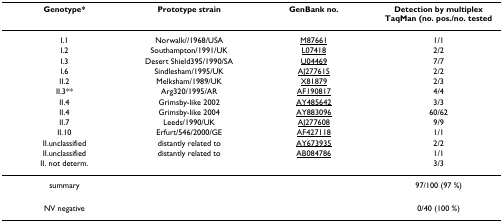
<table><thead><tr><td><b>Genotype*</b></td><td><b>Prototype strain</b></td><td><b>GenBank no.</b></td><td><b>Detection by multiplex TaqMan (no. pos./no. tested</b></td></tr></thead><tbody><tr><td>I.1</td><td>Norwalk//1968/USA</td><td>M87661</td><td>1/1</td></tr><tr><td>I.2</td><td>Southampton/1991/UK</td><td>L07418</td><td>2/2</td></tr><tr><td>I.3</td><td>Desert Shield395/1990/SA</td><td>U04469</td><td>7/7</td></tr><tr><td>I.6</td><td>Sindlesham/1995/UK</td><td>AJ277615</td><td>2/2</td></tr><tr><td>II.2</td><td>Melksham/1989/UK</td><td>X81879</td><td>2/3</td></tr><tr><td>II.3**</td><td>Arg320/1995/AR</td><td>AF190817</td><td>4/4</td></tr><tr><td>II.4</td><td>Grimsby-like 2002</td><td>AY485642</td><td>3/3</td></tr><tr><td>II.4</td><td>Grimsby-like 2004</td><td>AY883096</td><td>60/62</td></tr><tr><td>II.7</td><td>Leeds/1990/UK</td><td>AJ277608</td><td>9/9</td></tr><tr><td>II.10</td><td>Erfurt/546/2000/GE</td><td>AF427118</td><td>1/1</td></tr><tr><td>II.unclassified</td><td>distantly related to</td><td>AY673935</td><td>2/2</td></tr><tr><td>II.unclassified</td><td>distantly related to</td><td>AB084786</td><td>1/1</td></tr><tr><td>II. not determ.</td><td></td><td></td><td>3/3</td></tr><tr><td>summary</td><td></td><td></td><td>97/100 (97 %)</td></tr><tr><td>NV negative</td><td></td><td></td><td>0/40 (100 %)</td></tr></tbody></table>